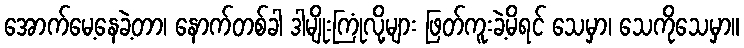
အောက်မေ့နေခဲ့တာ၊ နောက်တစ်ခါ ဒါမျိုးကြုံလို့များ ဖြတ်ကူးခဲ့မိရင် သေမှာ၊ သေကိုသေမှာ။